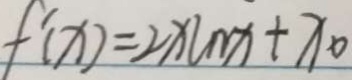
f ^ { \prime } ( x ) = 2 x \ln x + x _ { 0 }